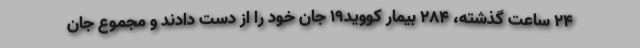
۲۴ ساعت گذشته، ۲۸۴ بیمار کووید۱۹ جان خود را از دست دادند و مجموع جان